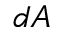
d A